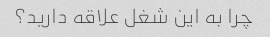
چرا به این شغل علاقه دارید؟